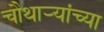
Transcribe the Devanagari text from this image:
चौथाऱ्यांच्या